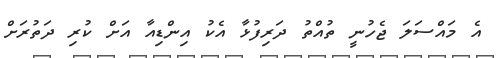
އެ މައްސަލަ ޖެހުނީ ތުއްތު ދަރިފުޅާ އެކު އިންޑިއާ އަށް ކުރި ދަތުރަށް